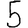
Digit: 5